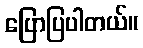
ပြောပြပါတယ်။